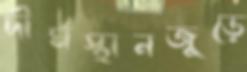
দীর্ঘস্থানজুড়ে